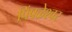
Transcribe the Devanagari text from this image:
पिंपळेश्‍वर